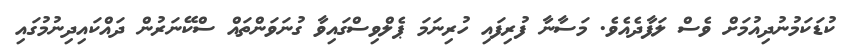
ކުޑަކަމުނުދިއުމަށް ވެސް ލަފާދެއެވެ. މަސާނާ ފުރިފައި ހުރިނަމަ ޕެލްވިސްގައިވާ ގުނަވަންތައް ސްކޭނަރުން ދައްކައިދިނުމުގައި